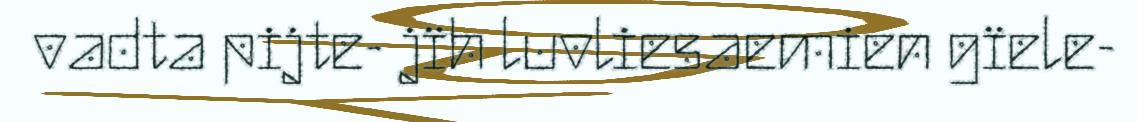
vadta pijte- jïh luvliesaemien gïele-